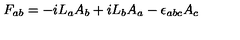
F _ { a b } = - i L _ { a } A _ { b } + i L _ { b } A _ { a } - \epsilon _ { a b c } A _ { c }